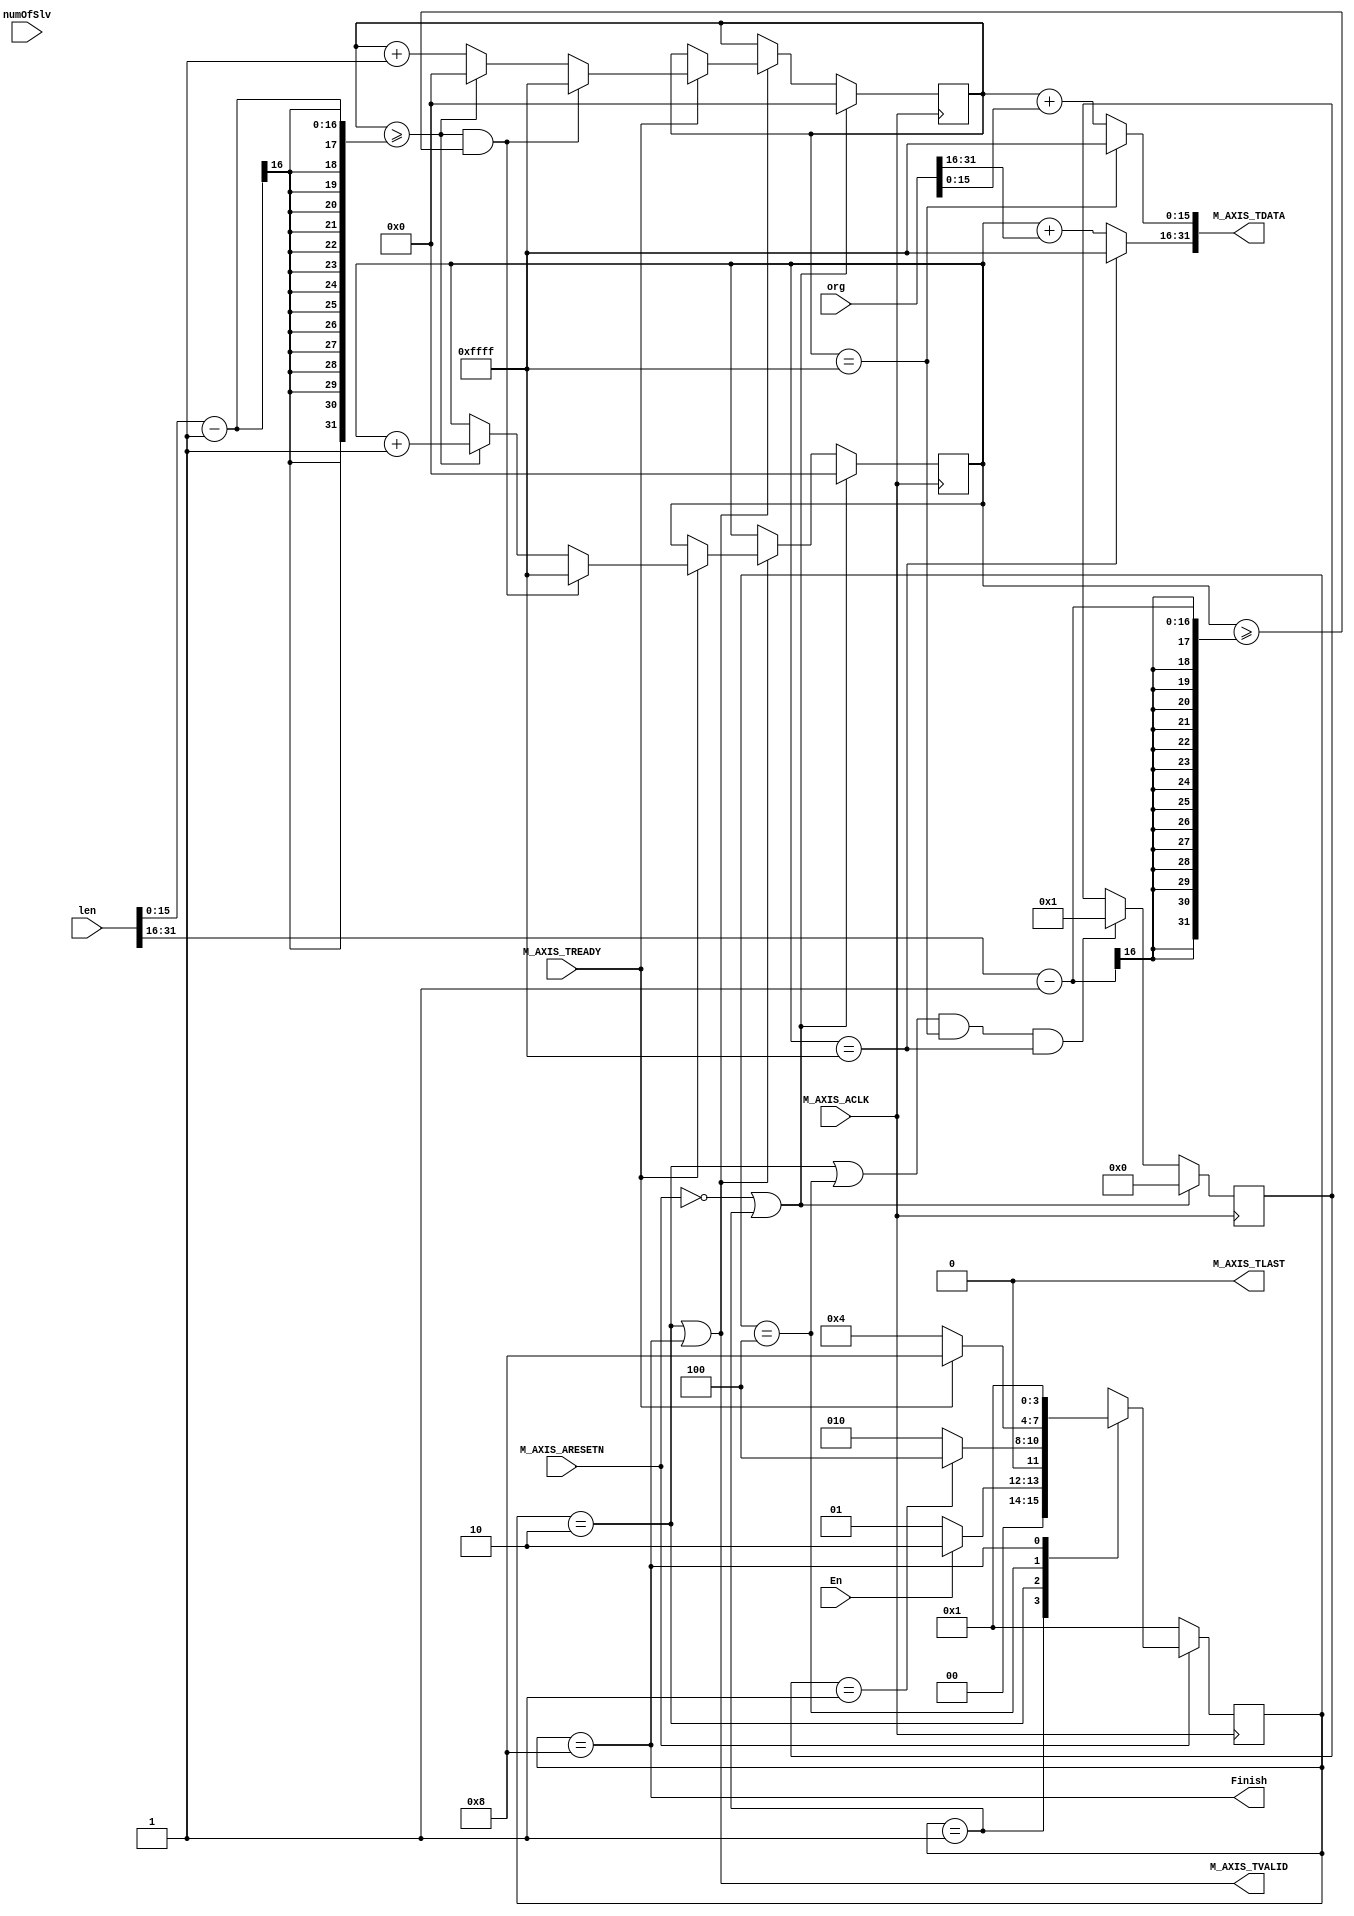
module hapara_axis_id_generator_v1_0_M00_AXIS #
    (
        parameter integer C_M_AXIS_TDATA_WIDTH    = 32
    )
    (
        input wire En,
        output wire Finish,
        input wire [C_M_AXIS_TDATA_WIDTH - 1 : 0] org,
        input wire [C_M_AXIS_TDATA_WIDTH - 1 : 0] len,
        input wire [C_M_AXIS_TDATA_WIDTH - 1 : 0] numOfSlv,
        input wire  M_AXIS_ACLK,
        input wire  M_AXIS_ARESETN,
        output wire  M_AXIS_TVALID,
        output wire [C_M_AXIS_TDATA_WIDTH-1 : 0] M_AXIS_TDATA,
        output wire  M_AXIS_TLAST,
        input wire  M_AXIS_TREADY
    );
    localparam X_LENGTH = C_M_AXIS_TDATA_WIDTH / 2;
    localparam Y_LENGTH = C_M_AXIS_TDATA_WIDTH / 2;
    localparam LENGTH   = C_M_AXIS_TDATA_WIDTH / 2;
    localparam reset            = 4'b0001; 
    localparam counting         = 4'b0010;
    localparam waitend          = 4'b0100;
    localparam ending           = 4'b1000;
    reg [3 : 0] next_state;
    reg [3 : 0] curr_state;
    reg [X_LENGTH - 1 : 0] counterX;
    reg [Y_LENGTH - 1 : 0] counterY;
    wire [LENGTH - 1 : 0] orgX;
    wire [LENGTH - 1 : 0] orgY;
    wire [LENGTH - 1 : 0] lengthX;
    wire [LENGTH - 1 : 0] lengthY;
    assign orgX     = org[C_M_AXIS_TDATA_WIDTH - 1 : LENGTH];
    assign orgY     = org[LENGTH - 1 : 0];
    assign lengthX  = len[C_M_AXIS_TDATA_WIDTH - 1 : LENGTH];
    assign lengthY  = len[LENGTH - 1 : 0];
    assign Finish = curr_state == ending;
    always @(curr_state or En or slave_counter or M_AXIS_TREADY) begin
        case (curr_state)
            reset:
                if (En) begin
                    next_state = counting;
                end
                else begin
                    next_state = reset;
                end
            counting:
                if (slave_counter == 1) begin
                    next_state = waitend;
                end
                else begin
                    next_state = counting;
                end
            waitend:
                if (M_AXIS_TREADY == 1) begin
                    next_state = ending;
                end
                else begin
                    next_state = waitend;
                end
            ending:
                next_state = reset;
            default:
                next_state = 4'bxxxx;
        endcase
    end
    assign M_AXIS_TVALID = (curr_state == counting || curr_state == ending);
    always @(posedge M_AXIS_ACLK) begin
        if (!M_AXIS_ARESETN) begin
            curr_state <= reset;
        end
        else begin
            curr_state <= next_state;
        end
    end
    always @(posedge M_AXIS_ACLK) begin
        if (!M_AXIS_ARESETN || curr_state == reset) begin
            counterX <= {X_LENGTH{1'b0}};
            counterY <= {Y_LENGTH{1'b0}};
        end
        else if (curr_state == counting || curr_state == ending) begin
            if (M_AXIS_TREADY) begin
                if (counterY >= lengthY - 1 && counterX >= lengthX - 1) begin
                    counterX <= {X_LENGTH{1'b1}};
                    counterY <= {Y_LENGTH{1'b1}};
                end
                else if (counterY >= lengthY - 1) begin
                    counterX <= counterX + 1;
                    counterY <= {Y_LENGTH{1'b0}};
                end
                else begin
                    counterY <= counterY + 1;
                end
            end
        end 
        else begin
            counterX <= counterX;
            counterY <= counterY;
        end 
    end
    reg [C_M_AXIS_TDATA_WIDTH - 1 : 0] slave_counter;
    always @(posedge M_AXIS_ACLK) begin
        if (!M_AXIS_ARESETN || curr_state == reset) begin
            slave_counter <= 0;
        end
        else if ((curr_state == counting || curr_state == waitend) && 
                 counterY == {Y_LENGTH{1'b1}} && counterX == {X_LENGTH{1'b1}}) begin
            slave_counter <= 1;
        end
        else begin
            slave_counter <= slave_counter;
        end
    end
    wire [X_LENGTH - 1 : 0] resultX;
    wire [Y_LENGTH - 1 : 0] resultY;
    assign resultX = (counterX == {X_LENGTH{1'b1}})?{X_LENGTH{1'b1}}:counterX + orgX;
    assign resultY = (counterY == {Y_LENGTH{1'b1}})?{Y_LENGTH{1'b1}}:counterY + orgY;
    assign M_AXIS_TDATA = {resultX, resultY};
    assign M_AXIS_TLAST = 1'b0;
    endmodule